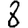
Digit: 8